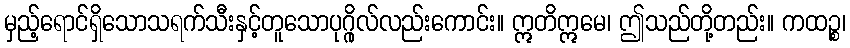
မှည့်ရောင်ရှိသောသရက်သီးနှင့်တူသောပုဂ္ဂိုလ်လည်းကောင်း။ ဣတိဣမေ၊ ဤသည်တို့တည်း။ ကထဉ္စ၊